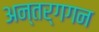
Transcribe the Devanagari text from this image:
अन्तर्गगन